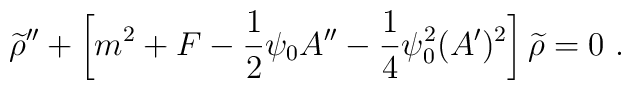
{\widetilde \rho}^{\prime\prime}+\left[m^2+F-{1\over 2}\psi_0 A^{\prime\prime}-{1\over 4}\psi_0^2(A^\prime)^2\right]{\widetilde \rho}=0~.